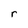
Character: r